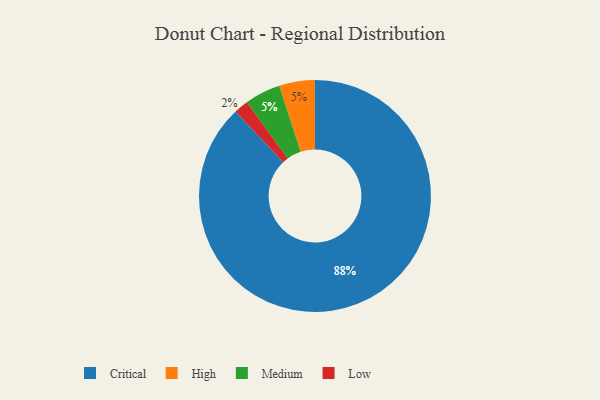
{"axis": {"x": "Category", "y": "Percentage"}, "legend": ["Critical", "High", "Low", "Medium"], "data": [{"x": "Low", "y": 2, "type": "Low"}, {"x": "Critical", "y": 88, "type": "Critical"}, {"x": "High", "y": 5, "type": "High"}, {"x": "Medium", "y": 5, "type": "Medium"}]}